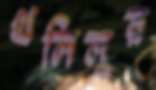
খলিলুর